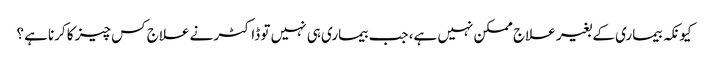
کیونکہ بیماری کے بغیر علاج ممکن نہیں ہے، جب بیماری ہی نہیں تو ڈاکٹر نے علاج کس چیز کا کرنا ہے؟